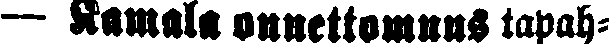
— Kamala onnettomuus tapah-